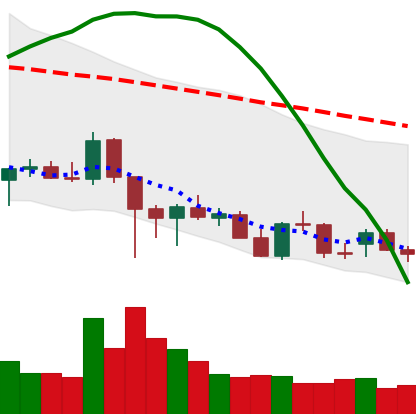
Ticker: ADA-USD
Chart end date: 2021-12-17
Forward return: 8.866%
Label: up_7plus